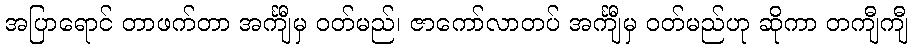
အပြာရောင် တာဖက်တာ အင်္ကျီမှ ဝတ်မည်၊ ဇာကော်လာတပ် အင်္ကျီမှ ဝတ်မည်ဟု ဆိုကာ တကျီကျီ